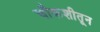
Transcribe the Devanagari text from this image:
चौकशीतून